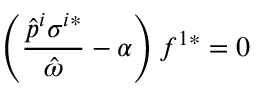
\left( \frac { \hat { p } ^ { i } \sigma ^ { i * } } { \hat { \omega } } - \alpha \right) f ^ { 1 * } = 0